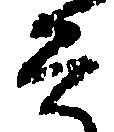
そ